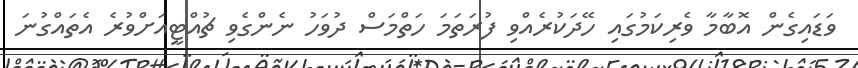
ވަޑައިގެން އޮބާމާ ވެރިކަމުގައި ހޭދަކުރެއްވި ފުރަތަމަ ހަތްމަސް ދުވަހު ނެންގެވި ޗުއްޓީއަށްވުރެ އެތައްގުނަ